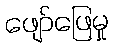
ဖျော်ဖြေမှု